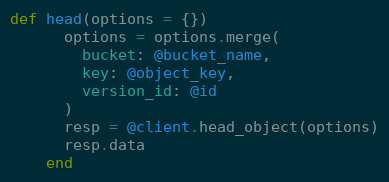
Language: Ruby
def head(options = {})
      options = options.merge(
        bucket: @bucket_name,
        key: @object_key,
        version_id: @id
      )
      resp = @client.head_object(options)
      resp.data
    end